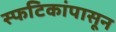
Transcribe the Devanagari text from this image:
स्फटिकांपासून